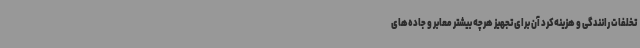
تخلفات رانندگی و هزینه‌کرد آن برای تجهیز هرچه بیشتر معابر و جاده‌های